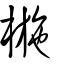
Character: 椸